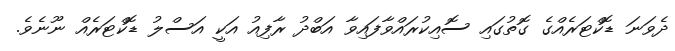
ދެވަނަ ޑޮކްޓަރެއްގެ ގޮތުގައި ސޮއިކުރައްވާފައިވާ އަބްދު ރާފިއު އަކީ އަސްލު ޑޮކްޓަރެއް ނޫނެވެ.